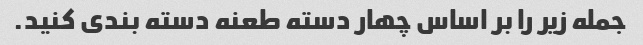
جمله زیر را بر اساس چهار دسته طعنه دسته بندی کنید.